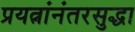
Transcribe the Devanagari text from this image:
प्रयत्नांनंतरसुद्धा